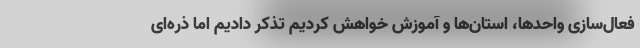
فعال‌سازی واحدها، استان‌ها و آموزش خواهش کردیم تذکر دادیم اما ذره‌ای